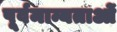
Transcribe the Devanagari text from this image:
पूर्वमान्यताओं